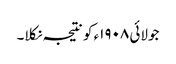
جولائی ١٩٠٨ء کو نتیجہ نکلا۔